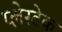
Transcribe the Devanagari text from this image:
प्लेस्टेक